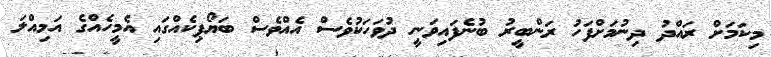
މިކަމަށް ރައްދު ދިނުމަށްފަހު ރަންބީރު ބުނެފައިވަނީ ދުވަހަކުވެސް އެއްވެސް ބަޔޯޕިކެއްގައި އެމީހެއްގެ އަމިއްލަ